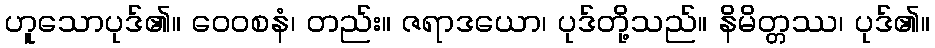
ဟူသောပုဒ်၏။ ဝေဝစနံ၊ တည်း။ ဇရာဒယော၊ ပုဒ်တို့သည်။ နိမိတ္တဿ၊ ပုဒ်၏။